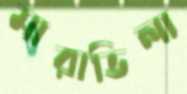
মারাভিলা